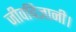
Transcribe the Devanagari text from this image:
जीवविज्ञानी।